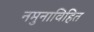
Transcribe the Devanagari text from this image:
नमुनाविहित